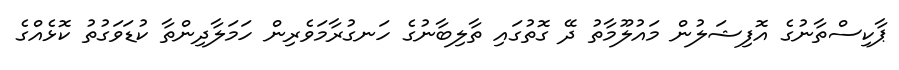
ޕާކިސްތާނުގެ އޮފިޝަލުން މައުލޫމާތު ދޭ ގޮތުގައި ތާލިބާނުގެ ހަނގުރާމަވެރިން ހަމަލާދިންތާ ކުޑަވަގުތު ކޮޅެއްގެ